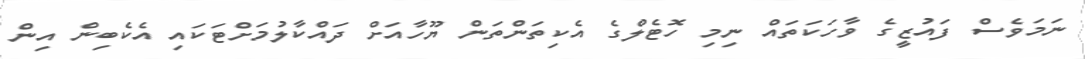
ނަމަވެސް ފައުޒީގެ ވާހަކަތައް ނިމި ހޮޓެލްގެ އެކިތަންތަން ޔޫހާއަށް ދައްކާލުމަށްޓަކައި އެކެބިން އިން